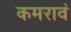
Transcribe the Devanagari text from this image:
कमरावं